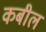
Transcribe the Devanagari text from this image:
कबील